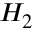
\textstyle H _ { 2 }